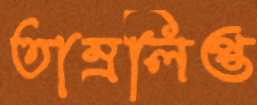
তাম্রলিপ্ত